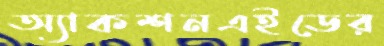
অ্যাকশনএইডের